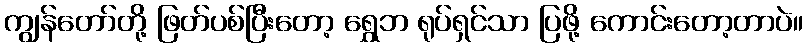
ကျွန်တော်တို့ ဖြတ်ပစ်ပြီးတော့ ရွှေဘ ရုပ်ရှင်သာ ပြဖို့ ကောင်းတော့တာပဲ။